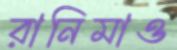
রানিমাও